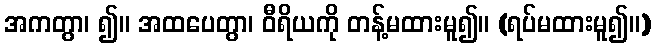
အကတွာ၊ ၍။ အထပေတွာ၊ ဝီရိယကို တန့်မထားမူ၍။ (ရပ်မထားမူ၍။)